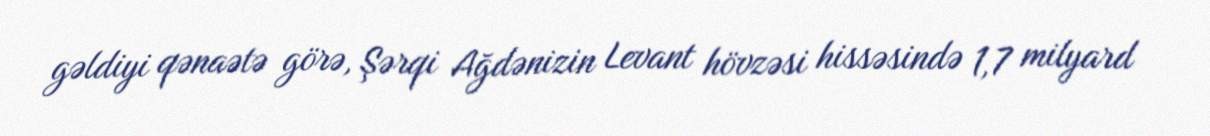
gəldiyi qənaətə görə, Şərqi Ağdənizin Levant hövzəsi hissəsində 1,7 milyard